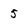
Character: 5